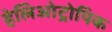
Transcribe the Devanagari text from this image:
हेलिओट्रोपिक